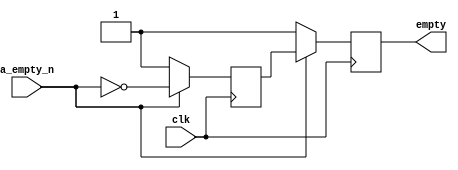
`timescale 1ns / 1ps
//////////////////////////////////////////////////////////////////////////////////
// Company: 
// 
// Design Name: Empty Flag Logic
// Module Name: Flag_Empty
// Project Name: 
// Target Devices: 
// Tool Versions: Vivado 2021.2
// Description: 
// 
// Dependencies: 
// 
// Revision:
// Revision 0.01 - File Created
// Additional Comments:
// 
//////////////////////////////////////////////////////////////////////////////////


module Flag_Empty(
    empty,
    clk,
    a_empty_n
    );
    
    output reg empty;
    input clk;
    input a_empty_n;
    
    reg  empty_tmp;
    
    always@(posedge clk)
    begin
        if(!a_empty_n)
        begin
            empty <= 1'b1;
            empty_tmp <= 1'b1;
        end
        
        else
        begin
            empty <= empty_tmp;
            empty_tmp <= ~a_empty_n;
        end
    end
endmodule